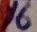
Text: 16